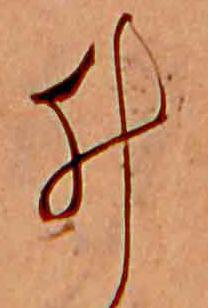
ゐ